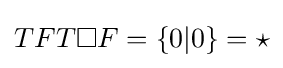
TFT\square F=\{0|0\}=\star